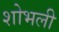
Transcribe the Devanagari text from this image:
शोभली